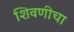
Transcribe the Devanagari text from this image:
शिवणीचा